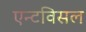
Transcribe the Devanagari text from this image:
एन्टविसल